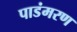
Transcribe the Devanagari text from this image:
पाडंमरण